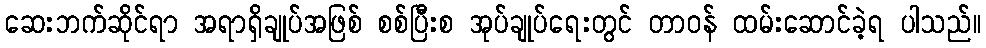
ဆေးဘက်ဆိုင်ရာ အရာရှိချုပ်အဖြစ် စစ်ပြီးစ အုပ်ချုပ်ရေးတွင် တာဝန် ထမ်းဆောင်ခဲ့ရ ပါသည်။